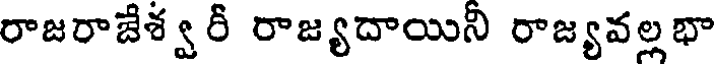
రాజరాజేశ్వరీ రాజ్యదాయిని రాజ్యవల్లభా